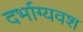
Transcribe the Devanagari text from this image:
दर्भाग्यवश